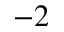
^ { - 2 }